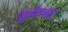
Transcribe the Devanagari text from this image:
सुशीलाबाई